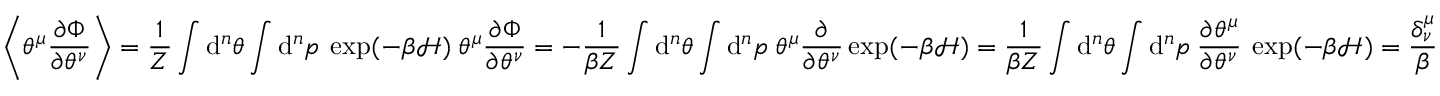
\left\langle \theta ^ { \mu } \frac { \partial \Phi } { \partial \theta ^ { \nu } } \right\rangle = \frac { 1 } { Z } \int \mathrm { d } ^ { n } \theta \int \mathrm { d } ^ { n } p \: \exp ( - \beta \mathcal { H } ) \: \theta ^ { \mu } \frac { \partial \Phi } { \partial \theta ^ { \nu } } = - \frac { 1 } { \beta Z } \int \mathrm { d } ^ { n } \theta \int \mathrm { d } ^ { n } p \: \theta ^ { \mu } \frac { \partial } { \partial \theta ^ { \nu } } \exp ( - \beta \mathcal { H } ) = \frac { 1 } { \beta Z } \int \mathrm { d } ^ { n } \theta \int \mathrm { d } ^ { n } p \: \frac { \partial \theta ^ { \mu } } { \partial \theta ^ { \nu } } \: \exp ( - \beta \mathcal { H } ) = \frac { \delta _ { \nu } ^ { \mu } } { \beta }